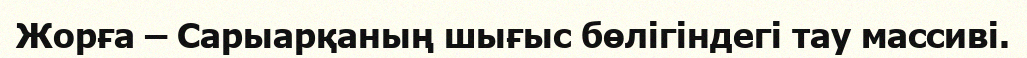
Жорға – Сарыарқаның шығыс бөлігіндегі тау массиві.